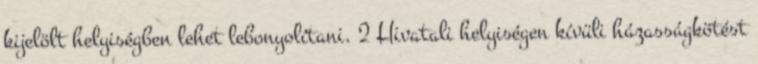
kijelölt helyiségben lehet lebonyolítani. 2 Hivatali helyiségen kívüli házasságkötést